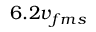
6 . 2 v _ { f m s }